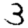
Digit: 3